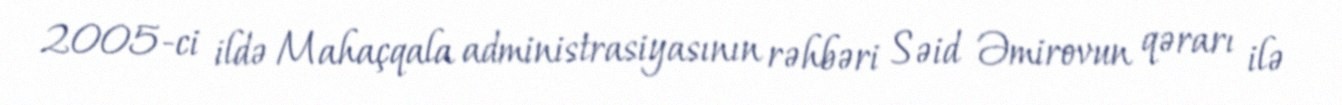
2005-ci ildə Mahaçqala administrasiyasının rəhbəri Səid Əmirovun qərarı ilə